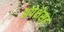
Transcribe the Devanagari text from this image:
अपेक्षेसह